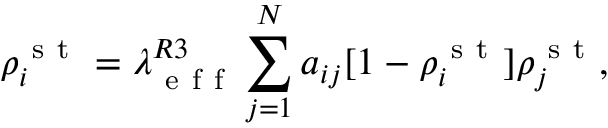
\rho _ { i } ^ { \mathrm { ~ s ~ t ~ } } = \lambda _ { \mathrm { ~ e ~ f ~ f ~ } } ^ { R 3 } \sum _ { j = 1 } ^ { N } a _ { i j } [ 1 - \rho _ { i } ^ { \mathrm { ~ s ~ t ~ } } ] \rho _ { j } ^ { \mathrm { ~ s ~ t ~ } } ,